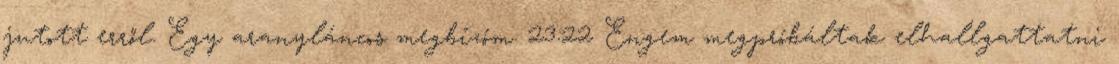
jutott erről. Egy aranyláncos megbízóm. 23:22 Engem megpróbáltak elhallgattatni